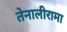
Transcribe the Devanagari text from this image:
तेनालीरामा